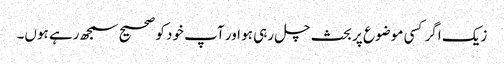
زیک اگر کسی موضوع پر بحث چل رہی ہو اور آپ خود کو صحیح سمجھ رہے ہوں۔